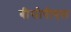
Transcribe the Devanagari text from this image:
बीसीपीएल